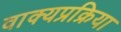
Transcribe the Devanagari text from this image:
वाक्यप्रक्रिया